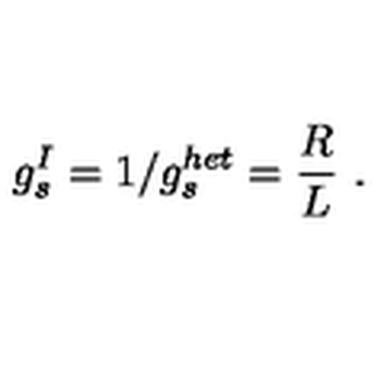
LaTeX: g _ { s } ^ { I } = 1 / g _ { s } ^ { h e t } = { \frac { R } { L } } \ .